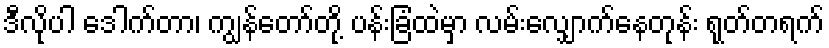
ဒီလိုပါ ဒေါက်တာ၊ ကျွန်တော်တို့ ပန်းခြံထဲမှာ လမ်းလျှောက်နေတုန်း ရုတ်တရက်